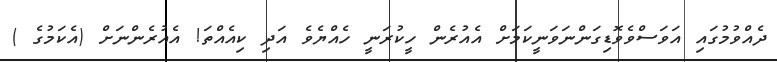
ދެއްވުމުގައި އަވަސްވެވޮޑިގަންނަވަނީކަމަށް އެއުރެން ހީކުރަނީ ހެއްޔެވެ އަދި ކިއެއްތަ! އެއުރެންނަށް (އެކަމުގެ )